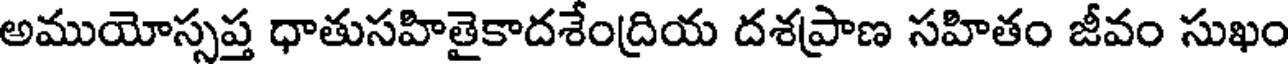
అముయోస్సప్త ధాతుసహితైకాదశేంద్రియ దశప్రాణ సహితం జీవం సుఖం